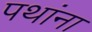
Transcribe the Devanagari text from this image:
पथांना